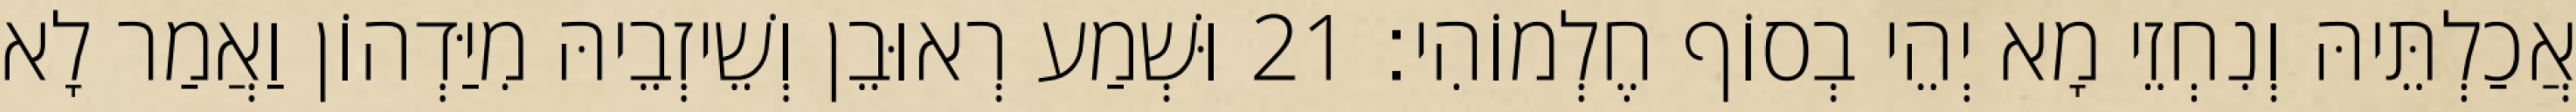
אֲכַלְתֵּיהּ וְנִחְזֵי מָא יְהֵי בְסוֹף חֶלְמוֹהִי׃ 21 וּשְׁמַע רְאוּבֵן וְשֵׁיזְבֵיהּ מִיַּדְהוֹן וַאֲמַר לָא